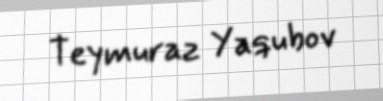
Teymuraz Yaqubov